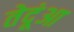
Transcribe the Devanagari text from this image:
तेदूंआ